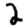
Digit: 2